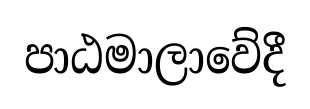
පාඨමාලාවේදී